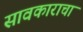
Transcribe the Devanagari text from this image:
सावकाराचा